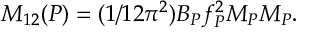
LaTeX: M _ { 1 2 } ( P ) = ( 1 / 1 2 \pi ^ { 2 } ) B _ { P } { f } _ { P } ^ { 2 } M _ { P } { \cal M } _ { P } .